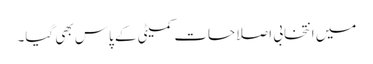
میں انتخابی اصلاحات کمیٹی کے پاس بھی گیا۔